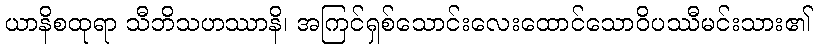
ယာနိစထုရာ သီဘိသဟဿာနိ၊ အကြင်ရှစ်သောင်းလေးထောင်သောဝိပဿီမင်းသား၏